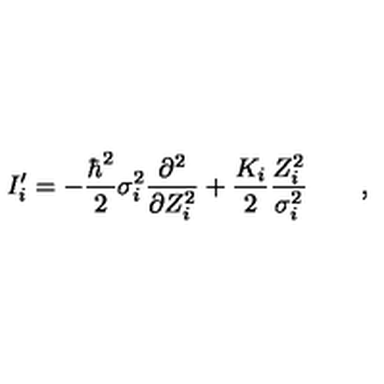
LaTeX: I _ { i } ^ { \prime } = - \frac { \hbar ^ { 2 } } 2 \sigma _ { i } ^ { 2 } \frac { \partial ^ { 2 } } { \partial Z _ { i } ^ { 2 } } + \frac { K _ { i } } 2 \frac { Z _ { i } ^ { 2 } } { \sigma _ { i } ^ { 2 } } \qquad ,